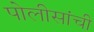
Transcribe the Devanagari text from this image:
पोलीसांची